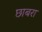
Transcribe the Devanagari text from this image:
छाबरा